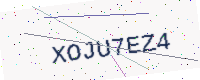
Text: XOJU7EZ4